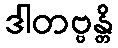
ဒါတဗ္ဗန္တိ